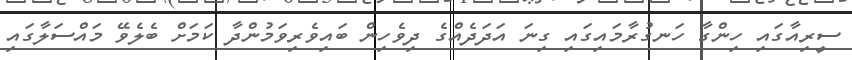
ސީރިއާގައި ހިންގާ ހަނގުރާމައިގައި ގިނަ އަދަދެއްގެ ދިވެހިން ބައިވެރިވަމުންދާ ކަމަށް ބެލެވޭ މައްސަލާގައި